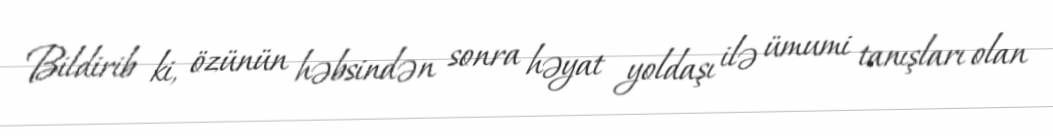
Bildirib ki, özünün həbsindən sonra həyat yoldaşı ilə ümumi tanışları olan